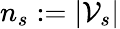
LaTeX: n_{s}:=|\mathcal{V}_{s}|